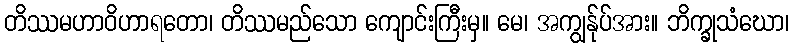
တိဿမဟာဝိဟာရတော၊ တိဿမည်သော ကျောင်းကြီးမှ။ မေ၊ အကျွန်ုပ်အား။ ဘိက္ခုသံဃော၊